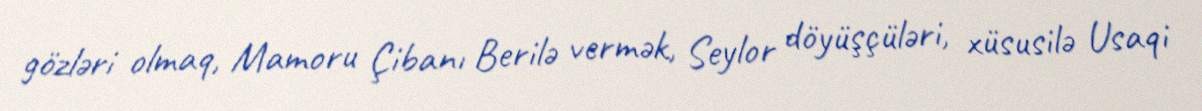
gözləri olmaq, Mamoru Çibanı Berilə vermək, Seylor döyüşçüləri, xüsusilə Usaqi